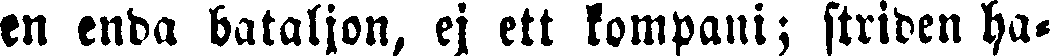
en enda bataljon, ej ett kompani; striden ha-